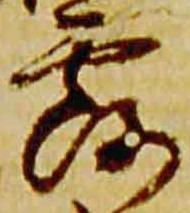
露